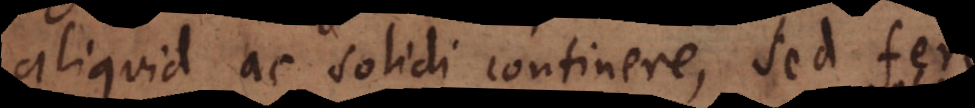
aliquid ac solidi continere, sed fere